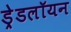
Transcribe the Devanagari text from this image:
ड्रेडलॉयन